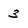
Character: 3